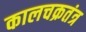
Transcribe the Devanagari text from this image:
कालचक्रतंत्र